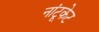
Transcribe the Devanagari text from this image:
नांटूकेट